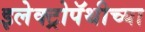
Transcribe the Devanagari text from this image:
इलेक्ट्रोपॅथीच्या